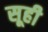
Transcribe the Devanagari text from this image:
सूही